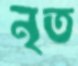
নৃত